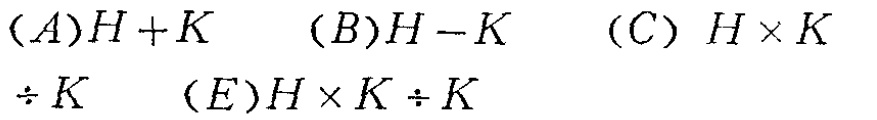
$(A)H + K\quad (B)H - K\quad (C)H\times K\div K\quad (E)H\times K\div K$